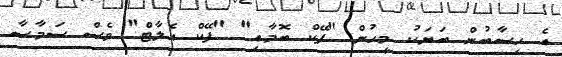
އެ ހިސާބުން ބަޔަކު މީހުން "ފޭކް ބޮމާއި" "ފޭކް އެލާޓް" ވެސް ސަމާސާ